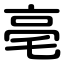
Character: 亳